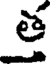
త్త